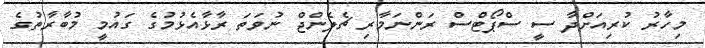
މިހާރު ކުރިއަށްދާ ސީ ސްޕޯޓްސް ރަންނަމާރި ޗެލެންޖް ނުވަތަ ރާޅާއެޅުމުގެ ގައުމީ މުބާރާތުގެ